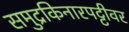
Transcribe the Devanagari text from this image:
समुद्रकिनारपट्टीवर